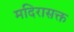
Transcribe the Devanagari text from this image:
मदिरासक्त